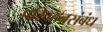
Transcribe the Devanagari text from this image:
परिवहनसंबंध